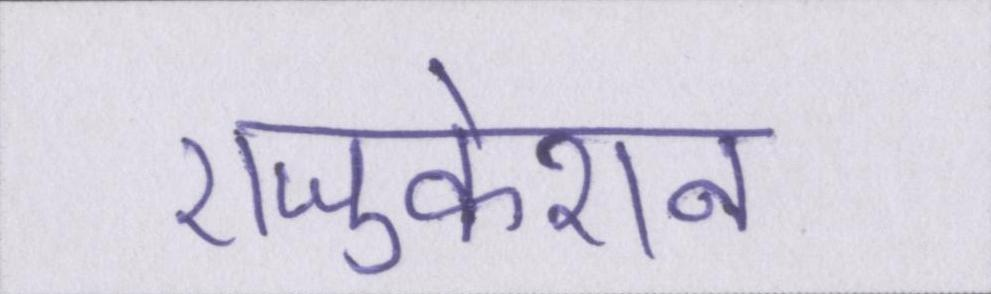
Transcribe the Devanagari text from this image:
एजुकेशन